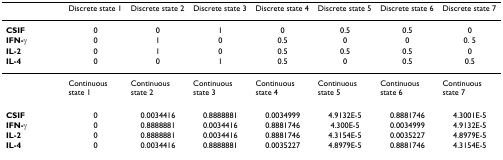
<table><thead><tr><td></td><td><b>Discrete state 1</b></td><td><b>Discrete state 2</b></td><td><b>Discrete state 3</b></td><td><b>Discrete state 4</b></td><td><b>Discrete state 5</b></td><td><b>Discrete state 6</b></td><td><b>Discrete state 7</b></td></tr></thead><tbody><tr><td><b>CSIF</b></td><td>0</td><td>0</td><td>1</td><td>0</td><td>0.5</td><td>0.5</td><td>0</td></tr><tr><td><b>IFN-γ</b></td><td>0</td><td>1</td><td>0</td><td>0.5</td><td>0</td><td>0</td><td>0. 5</td></tr><tr><td><b>IL-2</b></td><td>0</td><td>1</td><td>0</td><td>0.5</td><td>0.5</td><td>0.5</td><td>0</td></tr><tr><td><b>IL-4</b></td><td>0</td><td>0</td><td>1</td><td>0.5</td><td>0</td><td>0.5</td><td>0.5</td></tr><tr><td></td><td>Continuous state 1</td><td>Continuous state 2</td><td>Continuous state 3</td><td>Continuous state 4</td><td>Continuous state 5</td><td>Continuous state 6</td><td>Continuous state 7</td></tr><tr><td><b>CSIF</b></td><td>0</td><td>0.0034416</td><td>0.8888881</td><td>0.0034999</td><td>4.9132E-5</td><td>0.8881746</td><td>4.3001E-5</td></tr><tr><td><b>IFN-γ</b></td><td>0</td><td>0.8888881</td><td>0.0034416</td><td>0.8881746</td><td>4.300E-5</td><td>0.0034999</td><td>4.9132E-5</td></tr><tr><td><b>IL-2</b></td><td>0</td><td>0.8888881</td><td>0.0034416</td><td>0.8881746</td><td>4.3154E-5</td><td>0.0035227</td><td>4.8979E-5</td></tr><tr><td><b>IL-4</b></td><td>0</td><td>0.0034416</td><td>0.8888881</td><td>0.0035227</td><td>4.8979E-5</td><td>0.8881746</td><td>4.3154E-5</td></tr></tbody></table>